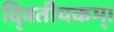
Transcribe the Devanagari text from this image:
दि्वतीयकम्।